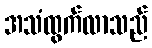
အသံထွက်လာသည်